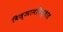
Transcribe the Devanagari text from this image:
विज्ञानविश्वात